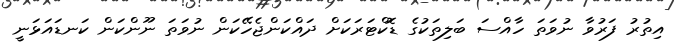
އިތުރު ފަރުވާ ނުވަތަ ހާއްސަ ބަލިތަކުގެ ޑޮކްޓަރަކަށް ދައްކަންޖެހޭކަން ނުވަތަ ނޫންކަން ކަނޑައަޅަނީ